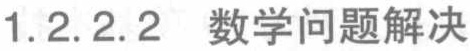
1.2.2.2  数学问题解决